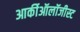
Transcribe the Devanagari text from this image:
आर्कीऑलॉजीस्ट